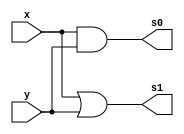
// ------------------------- 
// Exemplo_0703  
// Nome: Larissa Domingues Gomes 
// ------------------------- 

module A (output s0, s1, input x,y);

	and AND1 (s0, x, y);
	or  OR1 (s1, x, y);

endmodule

module B (output s0, s1, input x,y);
    
    nand NAND1 (s0, x, y);
	nor  NOR1 (s1, x, y);
	
endmodule

module MUX(output s0, input x,y, seletor);
    wire  notseletor, sa1, sa2;
    
    
    not NOT1 (notseletor, seletor);
    and AND1(sa1, x, seletor);
    and AND2(sa2, y, notseletor);
    or OR1  (s0, sa1, sa2);
    
endmodule    

module E3(output s0, input x, y, seletor1, seletor2);

    wire ao0, ao1, nano0, nano1, m1, m2;
    
    A ANDOR(ao0, ao1, x, y);
    B NANDNOR(nano0, nano1, x, y);
    MUX MUX1(m1, ao1, ao0, seletor1);
    MUX MUX2(m2, nano1, nano0, seletor1);
    MUX MUXFinal(s0, m1, m2, seletor2);
    
endmodule
    
module ValoresIniciais;

reg a, b, seletor, seletor2;
wire s0, s1;

E3 ME3 (s0, a, b, seletor, seletor2);
initial
begin : start

	a = 1'bx;
	b = 1'bx;

end

initial
begin : main

	$display("Exemplo_0703 - Larissa Gomes - 650525");
	$display("Expressoes booleanas");
	
	#1 a = 0; b = 0; seletor = 0; seletor2 = 0;
	$display("seletor seletor2 a  b  =  s0  ");
    $monitor("%2b     %2b       %2b %2b  = %2b ",seletor,seletor2, a, b, s0);
		
	#1 a = 0; b = 1; seletor = 0; seletor2 = 0;
	#1 a = 1; b = 0; seletor = 0; seletor2 = 0;
	#1 a = 1; b = 1; seletor = 0; seletor2 = 0;
	#1 a = 0; b = 0; seletor = 1; seletor2 = 0;
	#1 a = 0; b = 1; seletor = 1; seletor2 = 0;
	#1 a = 1; b = 0; seletor = 1; seletor2 = 0;
	#1 a = 1; b = 1; seletor = 1; seletor2 = 0;
	
	#1 a = 0; b = 0; seletor = 0; seletor2 = 1;
	#1 a = 0; b = 1; seletor = 0; seletor2 = 1;
	#1 a = 1; b = 0; seletor = 0; seletor2 = 1;
	#1 a = 1; b = 1; seletor = 0; seletor2 = 1;
	#1 a = 0; b = 0; seletor = 1; seletor2 = 1;
	#1 a = 0; b = 1; seletor = 1; seletor2 = 1;
	#1 a = 1; b = 0; seletor = 1; seletor2 = 1;
	#1 a = 1; b = 1; seletor = 1; seletor2 = 1;
end
endmodule